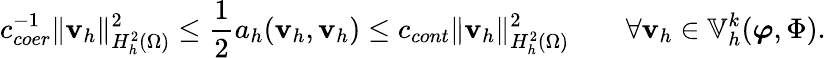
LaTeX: c_{coer}^{-1}\| \mathbf{v}_{h}\| _{H_{h}^{2}(\Omega)}^{2}\le\frac 12a_{h}(\mathbf{v}_{h},\mathbf{v}_{h})\le c_{cont}\| \mathbf{v}_{h}\| _{H_{h}^{2}(\Omega)}^{2}\qquad\forall\mathbf{v}_{h}\in\mathbb{V}_{h}^{k}(\boldsymbol{\varphi},\Phi).